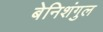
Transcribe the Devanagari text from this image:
बेनिशंगुल